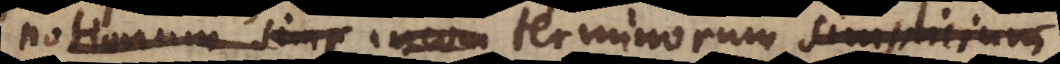
notionum simp incom terminorum simplicium